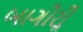
બાગોરીૢ